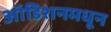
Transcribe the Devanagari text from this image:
ऑडिशनमधून